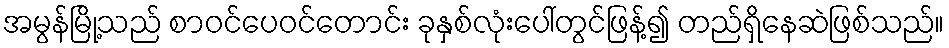
အမွန်မြို့သည် စာဝင်ပေဝင်တောင်း ခုနှစ်လုံးပေါ်တွင်ဖြန့်၍ တည်ရှိနေဆဲဖြစ်သည်။